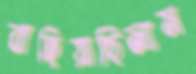
বাহিয়াছিলাম